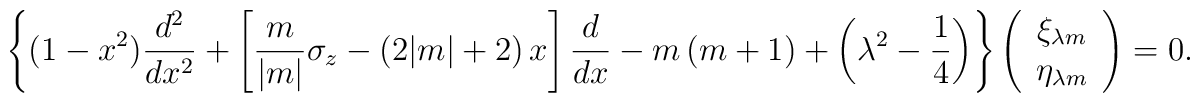
\left\{(1-x^2)\frac{d^2}{dx^2} +    \left[\frac m{|m|}\sigma_z - (2|m| +2)\, x\right] \frac d{dx}    -m\,(m+1) + \left(\lambda^2 - \frac 14\right) \right\} \left(    \begin{array}{c}      \xi_{\lambda m} \\      \eta_{\lambda m}    \end{array} \right) = 0.